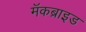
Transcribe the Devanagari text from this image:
मॅकब्राइड